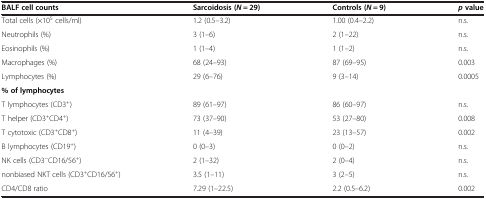
<table><thead><tr><td><b>BALF cell counts</b></td><td><b>Sarcoidosis(<i>N</i> = 29)</b></td><td><b>Controls(<i>N</i> = 9)</b></td><td><b><i>p</i>value</b></td></tr></thead><tbody><tr><td>Total cells (×10<sup>5</sup> cells/ml)</td><td>1.2 (0.5–3.2)</td><td>1.00 (0.4–2.2)</td><td>n.s.</td></tr><tr><td>Neutrophils (%)</td><td>3 (1–6)</td><td>2 (1–22)</td><td>n.s.</td></tr><tr><td>Eosinophils (%)</td><td>1 (1–4)</td><td>1 (1–2)</td><td>n.s.</td></tr><tr><td>Macrophages (%)</td><td>68 (24–93)</td><td>87 (69–95)</td><td>0.003</td></tr><tr><td>Lymphocytes (%)</td><td>29 (6–76)</td><td>9 (3–14)</td><td>0.0005</td></tr><tr><td><b>% of lymphocytes</b></td><td></td><td></td><td></td></tr><tr><td>T lymphocytes (CD3<sup>+</sup>)</td><td>89 (61–97)</td><td>86 (60–97)</td><td>n.s.</td></tr><tr><td>T helper (CD3<sup>+</sup>CD4<sup>+</sup>)</td><td>73 (37–90)</td><td>53 (27–80)</td><td>0.008</td></tr><tr><td>T cytotoxic (CD3<sup>+</sup>CD8<sup>+</sup>)</td><td>11 (4–39)</td><td>23 (13–57)</td><td>0.002</td></tr><tr><td>B lymphocytes (CD19<sup>+</sup>)</td><td>0 (0–3)</td><td>0 (0–2)</td><td>n.s.</td></tr><tr><td>NK cells (CD3<sup>−</sup>CD16/56<sup>+</sup>)</td><td>2 (1–32)</td><td>2 (0–4)</td><td>n.s.</td></tr><tr><td>nonbiased NKT cells (CD3<sup>+</sup>CD16/56<sup>+</sup>)</td><td>3.5 (1–11)</td><td>3 (2–5)</td><td>n.s.</td></tr><tr><td>CD4/CD8 ratio</td><td>7.29 (1–22.5)</td><td>2.2 (0.5–6.2)</td><td>0.002</td></tr></tbody></table>